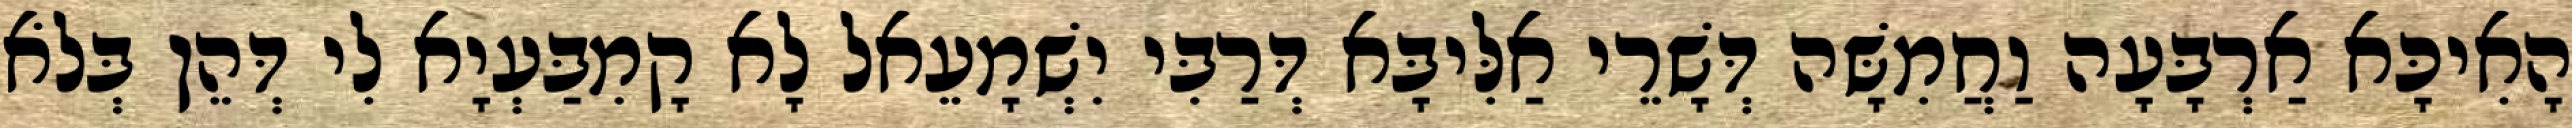
הָאִיכָּא אַרְבָּעָה וַחֲמִשָּׁה דְּשָׁרֵי אַלִּיבָּא דְּרַבִּי יִשְׁמָעֵאל לָא קָמִבַּעְיָא לִי דְּהֵן בְּלֹא